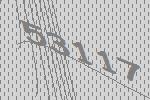
53117